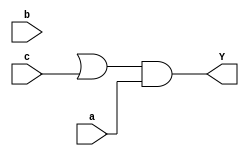
module hw1(input a, input b, input c, output Y);
    wire b_not, o1_y;

    not inv (b, b_not); //not b
    or o1 (o1_y, b_not, c); //(not b) OR c
    and o2 (Y, o1_y, a); // a AND ((not b) OR c)

    //assign Y = a & (!b + c)

endmodule